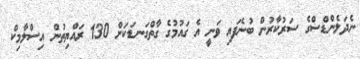
ނެދަލެންޑްސްގެ ސަރުކާރުން ބުނެފައި ވަނީ އެ ގައުމުގެ ގާތްގަނޑަކަށް 130 ރައްޔިތުން އިސްލާމިކް